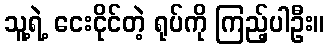
သူ့ရဲ့ ငေးငိုင်တဲ့ ရုပ်ကို ကြည့်ပါဦး။